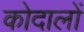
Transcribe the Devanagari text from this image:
कोदालों